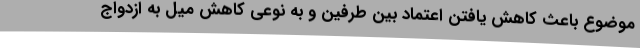
موضوع باعث کاهش یافتن اعتماد بین طرفین و به نوعی کاهش میل به ازدواج